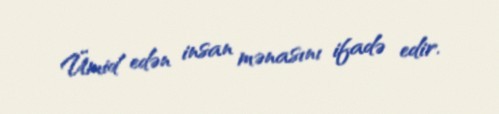
Ümid edən insan mənasını ifadə edir.